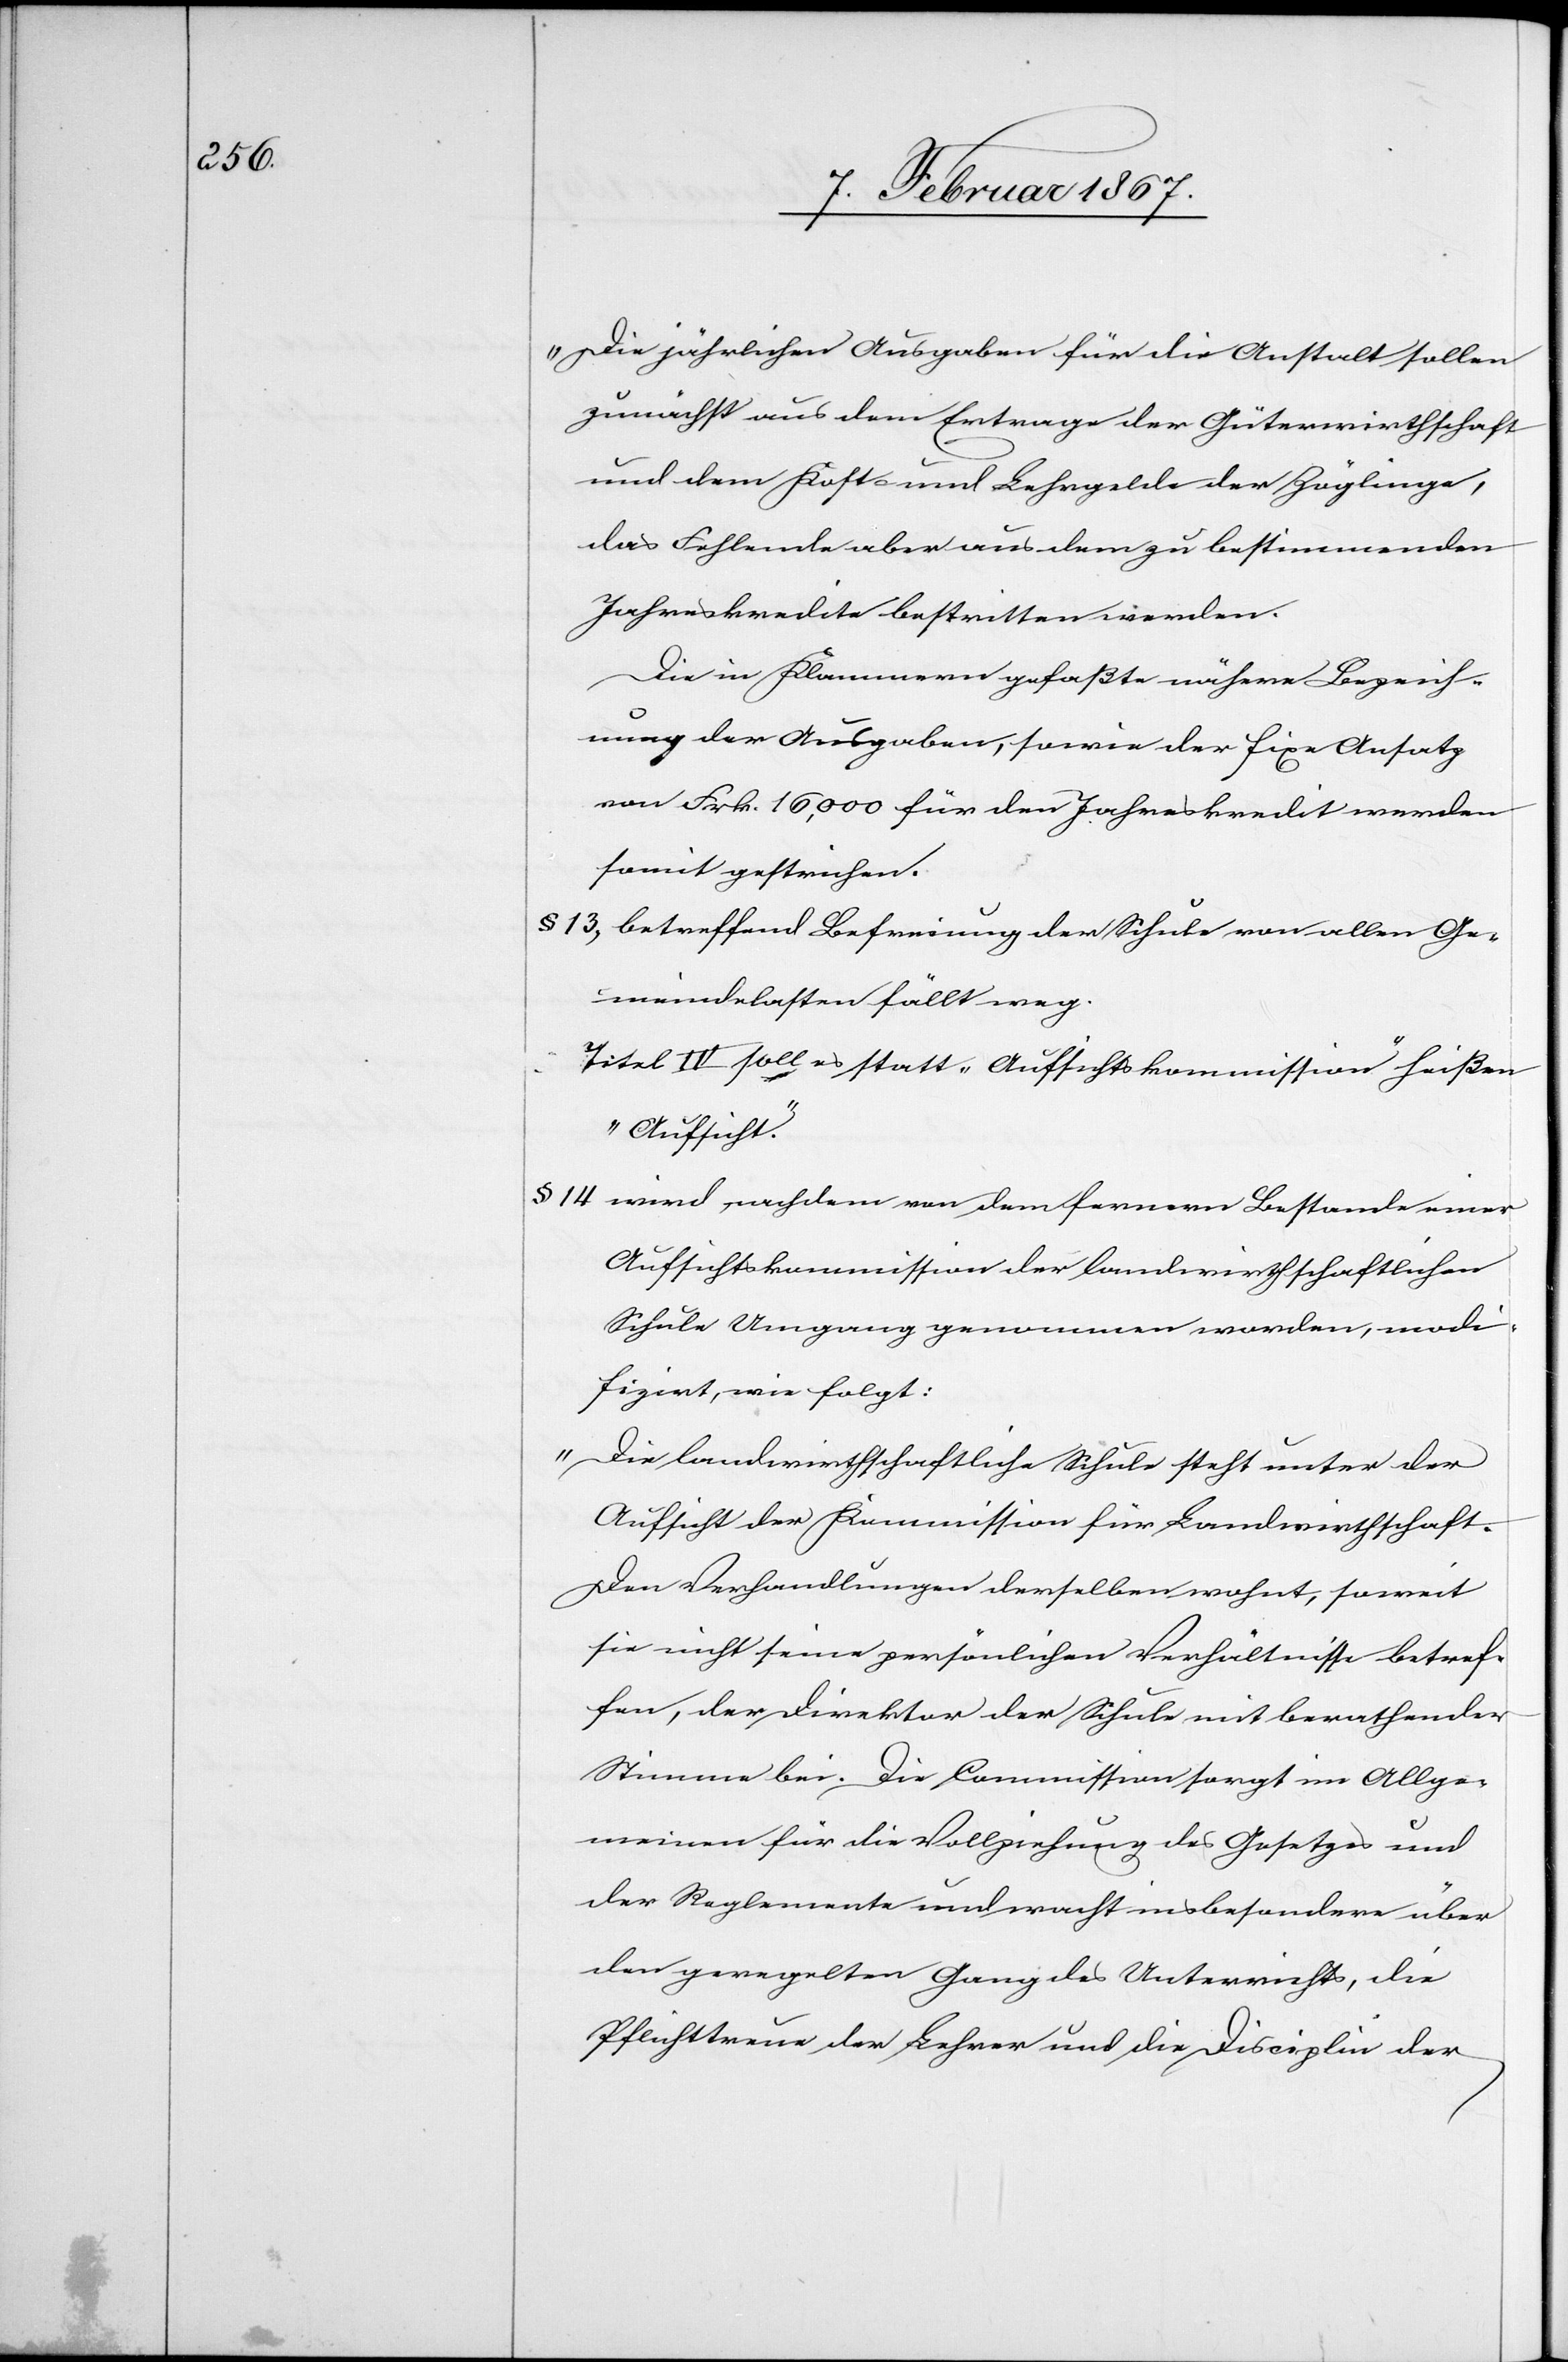
„Die jährlichen Ausgaben für die Anstalt sollen
zunächst aus dem Ertrage der Güterwirthschaft
und dem Kost- und Lehrgelde der Zöglinge,
das Fehlende aber aus dem zu bestimmenden
Jahreskredite bestritten werden.[“]
Die in Klammern gefaßte nähere Bezeich¬
nung der Ausgaben, sowie der fixe Ansatz
von Frk. 16,000 für den Jahreskredit werden
somit gestrichen.
§ 13, betreffend Befreiung der Schule von allen Ge¬
meindelasten fällt weg.
Titel IV soll es statt ; „Aufsichtskommission“ heißen
„Aufsicht“.
§ 14 wird, nachdem von dem fernern Bestande einer
Aufsichtskommission der landwirthschaftlichen
Schule Umgang genommen worden, modi¬
fizirt, wie folgt:
„Die landwirthschaftliche Schule steht unter der
Aufsicht der Kommission für Landwirthschaft.
Den Verhandlungen derselben wohnt, soweit
sie nicht seine persönlichen Verhältnisse betref¬
fen, der Direktor der Schule mit berathender
Stimme bei. Die Commission sorgt im Allge¬
meinen für die Vollziehung des Gesetzes und
der Reglemente und wacht insbesondere über
den geregelten Gang des Unterrichts, die
Pflichttreue der Lehrer und die Disciplin der